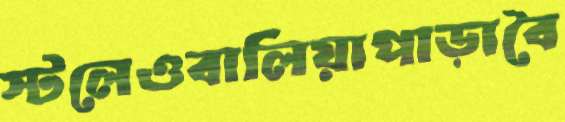
স্টলেওবালিয়াপাড়াবৈ